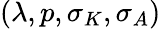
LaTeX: (\lambda,p,\sigma_{K},\sigma_{A})